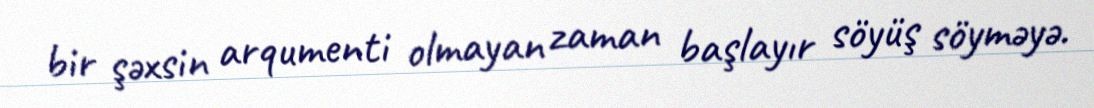
bir şəxsin arqumenti olmayan zaman başlayır söyüş söyməyə.